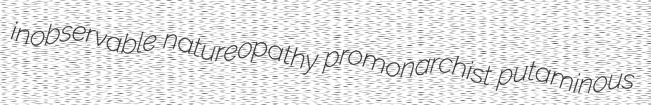
inobservable natureopathy promonarchist putaminous